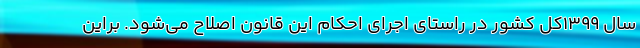
سال ۱۳۹۹کل کشور در راستای اجرای احکام این قانون اصلاح می‌شود. براین